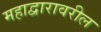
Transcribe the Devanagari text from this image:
महाद्वारावरील